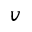
v